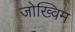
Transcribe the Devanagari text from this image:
जोख्विम